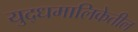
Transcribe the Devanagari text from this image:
युद्धमालिकेतील